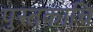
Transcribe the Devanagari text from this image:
पुस्तकाचि